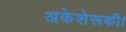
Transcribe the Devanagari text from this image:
अकेशेरूकी।